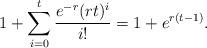
LaTeX: \begin{align*}1 + \sum^t_{i=0} \frac{e^{-r} (rt)^i}{i!} =1 + e^{r(t-1)}.\end{align*}